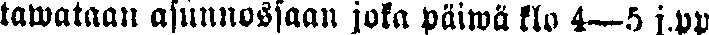
tawataan asunnossaan joka päiwä klo 4—5 j. pp.